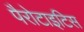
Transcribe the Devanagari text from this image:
पैरोटाइटिस